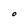
Character: O